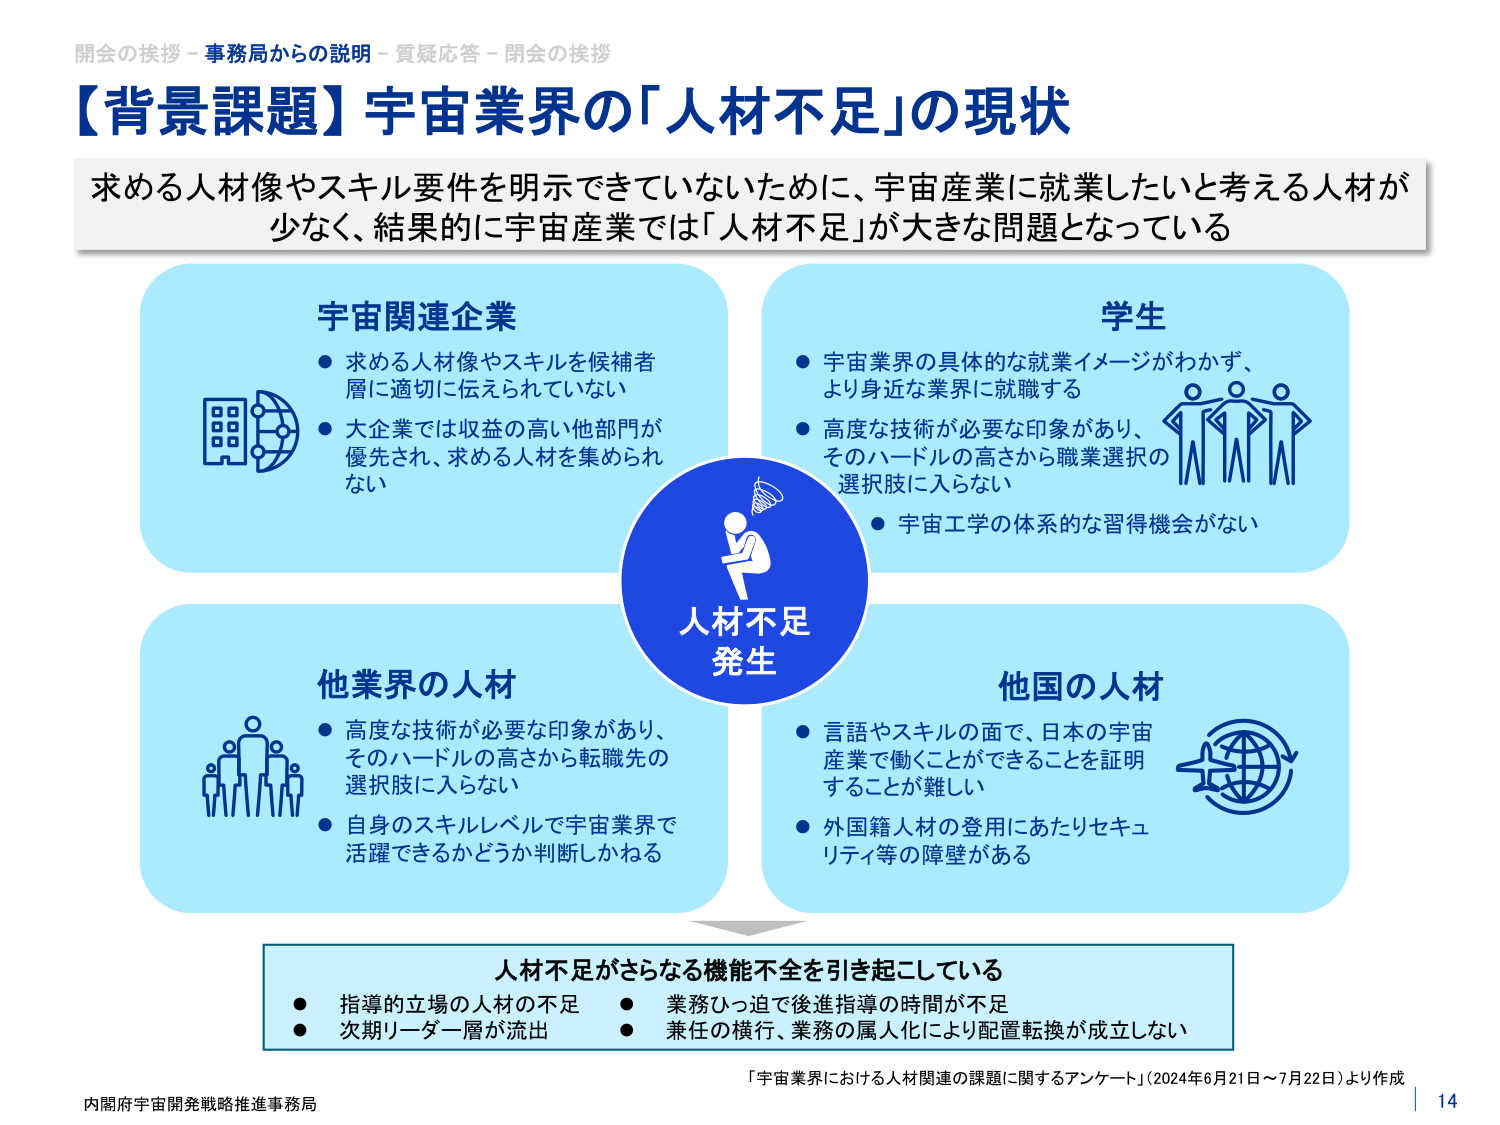
開会の挨拶－事務局からの説明－質疑応答－閉会の挨拶
【背景課題】宇宙業界の「人材不足」の現状
求める人材像やスキル要件を明示できていないために、宇宙産業に就業したいと考える人材が
少なく、結果的に宇宙産業では「人材不足」が大きな問題となっている

宇宙関連企業
● 求める人材像やスキルを候補者層に適切に伝えられていない
● 大企業では収益の高い他部門が優先され、求める人材を集められない

学生
● 宇宙業界の具体的な就業イメージがわからず、より身近な業界に就職する
● 高度な技術が必要な印象があり、そのハードルの高さから職業選択の選択肢に入らない
● 宇宙工学の体系的な習得機会がない

人材不足
発生

他業界の人材
● 高度な技術が必要な印象があり、そのハードルの高さから転職先の選択肢に入らない
● 自身のスキルレベルで宇宙業界で活躍できるかどうか判断しかねる

他国の人材
● 言語やスキルの面で、日本の宇宙産業で働くことができることを証明することが難しい
● 外国籍人材の登用にあたりセキュリティ等の障壁がある

人材不足がさらなる機能不全を引き起こしている
● 指導的立場の人材の不足
● 次期リーダー層が流出
● 業務ひっ迫で後進指導の時間が不足
● 兼任の横行、業務の属人化により配置転換が成立しない

「宇宙業界における人材関連の課題に関するアンケート」（2024年6月21日～7月22日）より作成
内閣府宇宙開発戦略推進事務局
14